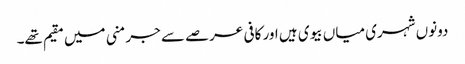
دونوں شہری میاں بیوی ہیں اور کافی عرصے سے جرمنی میں مقیم تھے۔